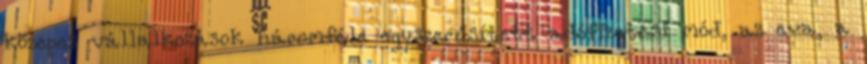
közepes vállalkozások háromféle egyszerűsített adófizetési mód, az eva, a